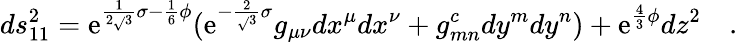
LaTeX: ds_{11}^{2}=\mathrm{e}^{\frac{{1}}{{2\sqrt{}{{3}}}}\sigma-\frac{{1}}{{6}}\phi}(\mathrm{e}^{-\frac{{2}}{{\sqrt{}{{3}}}}\sigma}g_{\mu\nu}dx^{\mu}dx^{\nu}+g_{mn}^{c}dy^{m}dy^{n})+\mathrm{e}^{\frac{{4}}{{3}}\phi}dz^{2}\quad.